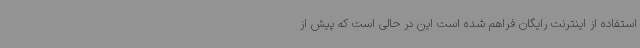
استفاده از اینترنت رایگان فراهم شده است این در حالی است که پیش از